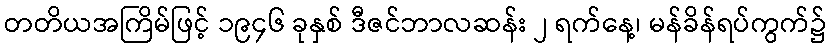
တတိယအကြိမ်ဖြင့် ၁၉၄၆ ခုနှစ် ဒီဇင်ဘာလဆန်း ၂ ရက်နေ့၊ မန်ခိန်ရပ်ကွက်၌